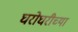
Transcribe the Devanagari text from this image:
घरोघरीच्या